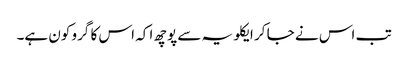
تب اس نے جا کر ایکلویہ سے پوچھ ا کہ اس کا گرو کون ہے۔